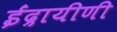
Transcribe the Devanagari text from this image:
ईंद्रायीणी